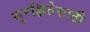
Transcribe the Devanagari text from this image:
सुरक्षितेसाठी